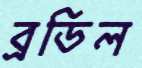
ব্রডিল